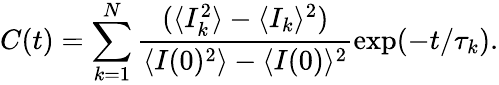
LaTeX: C(t)=\sum_{k=1}^{N}\frac{(\langle I_{k}^{2}\rangle-\langle I_{k}\rangle^{2})}{\langle I(0)^{2}\rangle-\langle I(0)\rangle^{2}}\exp(-t/\tau_{k}).